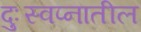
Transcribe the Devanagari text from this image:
दुःस्वप्नातील